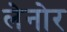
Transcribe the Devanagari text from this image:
लेनोर